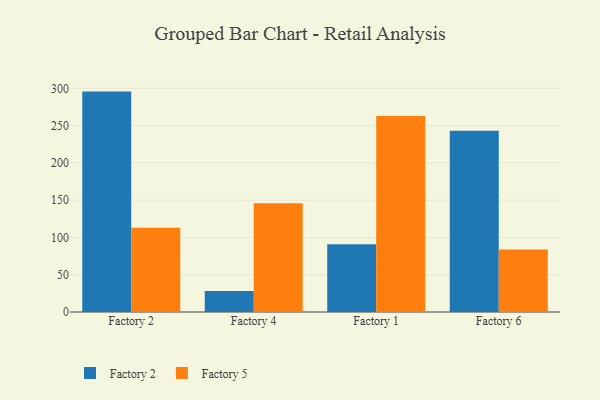
{"axis": {"x": "Factory", "y": "Conversion Rate (%)"}, "legend": ["Factory 2", "Factory 5"], "data": [{"x": "Factory 2", "y": 295.6, "type": "Factory 2"}, {"x": "Factory 2", "y": 112.9, "type": "Factory 5"}, {"x": "Factory 4", "y": 28.0, "type": "Factory 2"}, {"x": "Factory 4", "y": 145.7, "type": "Factory 5"}, {"x": "Factory 1", "y": 90.9, "type": "Factory 2"}, {"x": "Factory 1", "y": 262.9, "type": "Factory 5"}, {"x": "Factory 6", "y": 243.1, "type": "Factory 2"}, {"x": "Factory 6", "y": 83.9, "type": "Factory 5"}]}